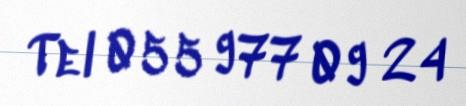
Tel 055 977 09 24